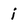
Character: i